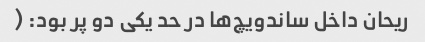
ریحان داخل ساندویچ‌ها در حد یکی دو پر بود: (